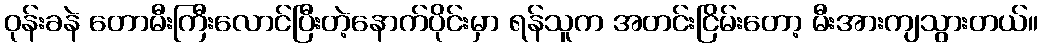
ဝုန်းခနဲ တောမီးကြီးလောင်ပြီးတဲ့နောက်ပိုင်းမှာ ရန်သူက အတင်းငြိမ်းတော့ မီးအားကျသွားတယ်။